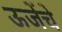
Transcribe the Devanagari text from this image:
ऊजेंचे